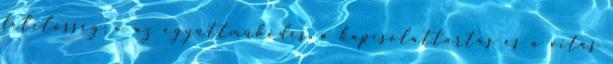
felelősség; o az együttműködés, a kapcsolattartás és a vitás